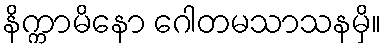
နိက္ကာမိနော ဂေါတမသာသနမှိ။